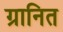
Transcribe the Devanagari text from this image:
ग्रानित